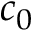
c _ { 0 }